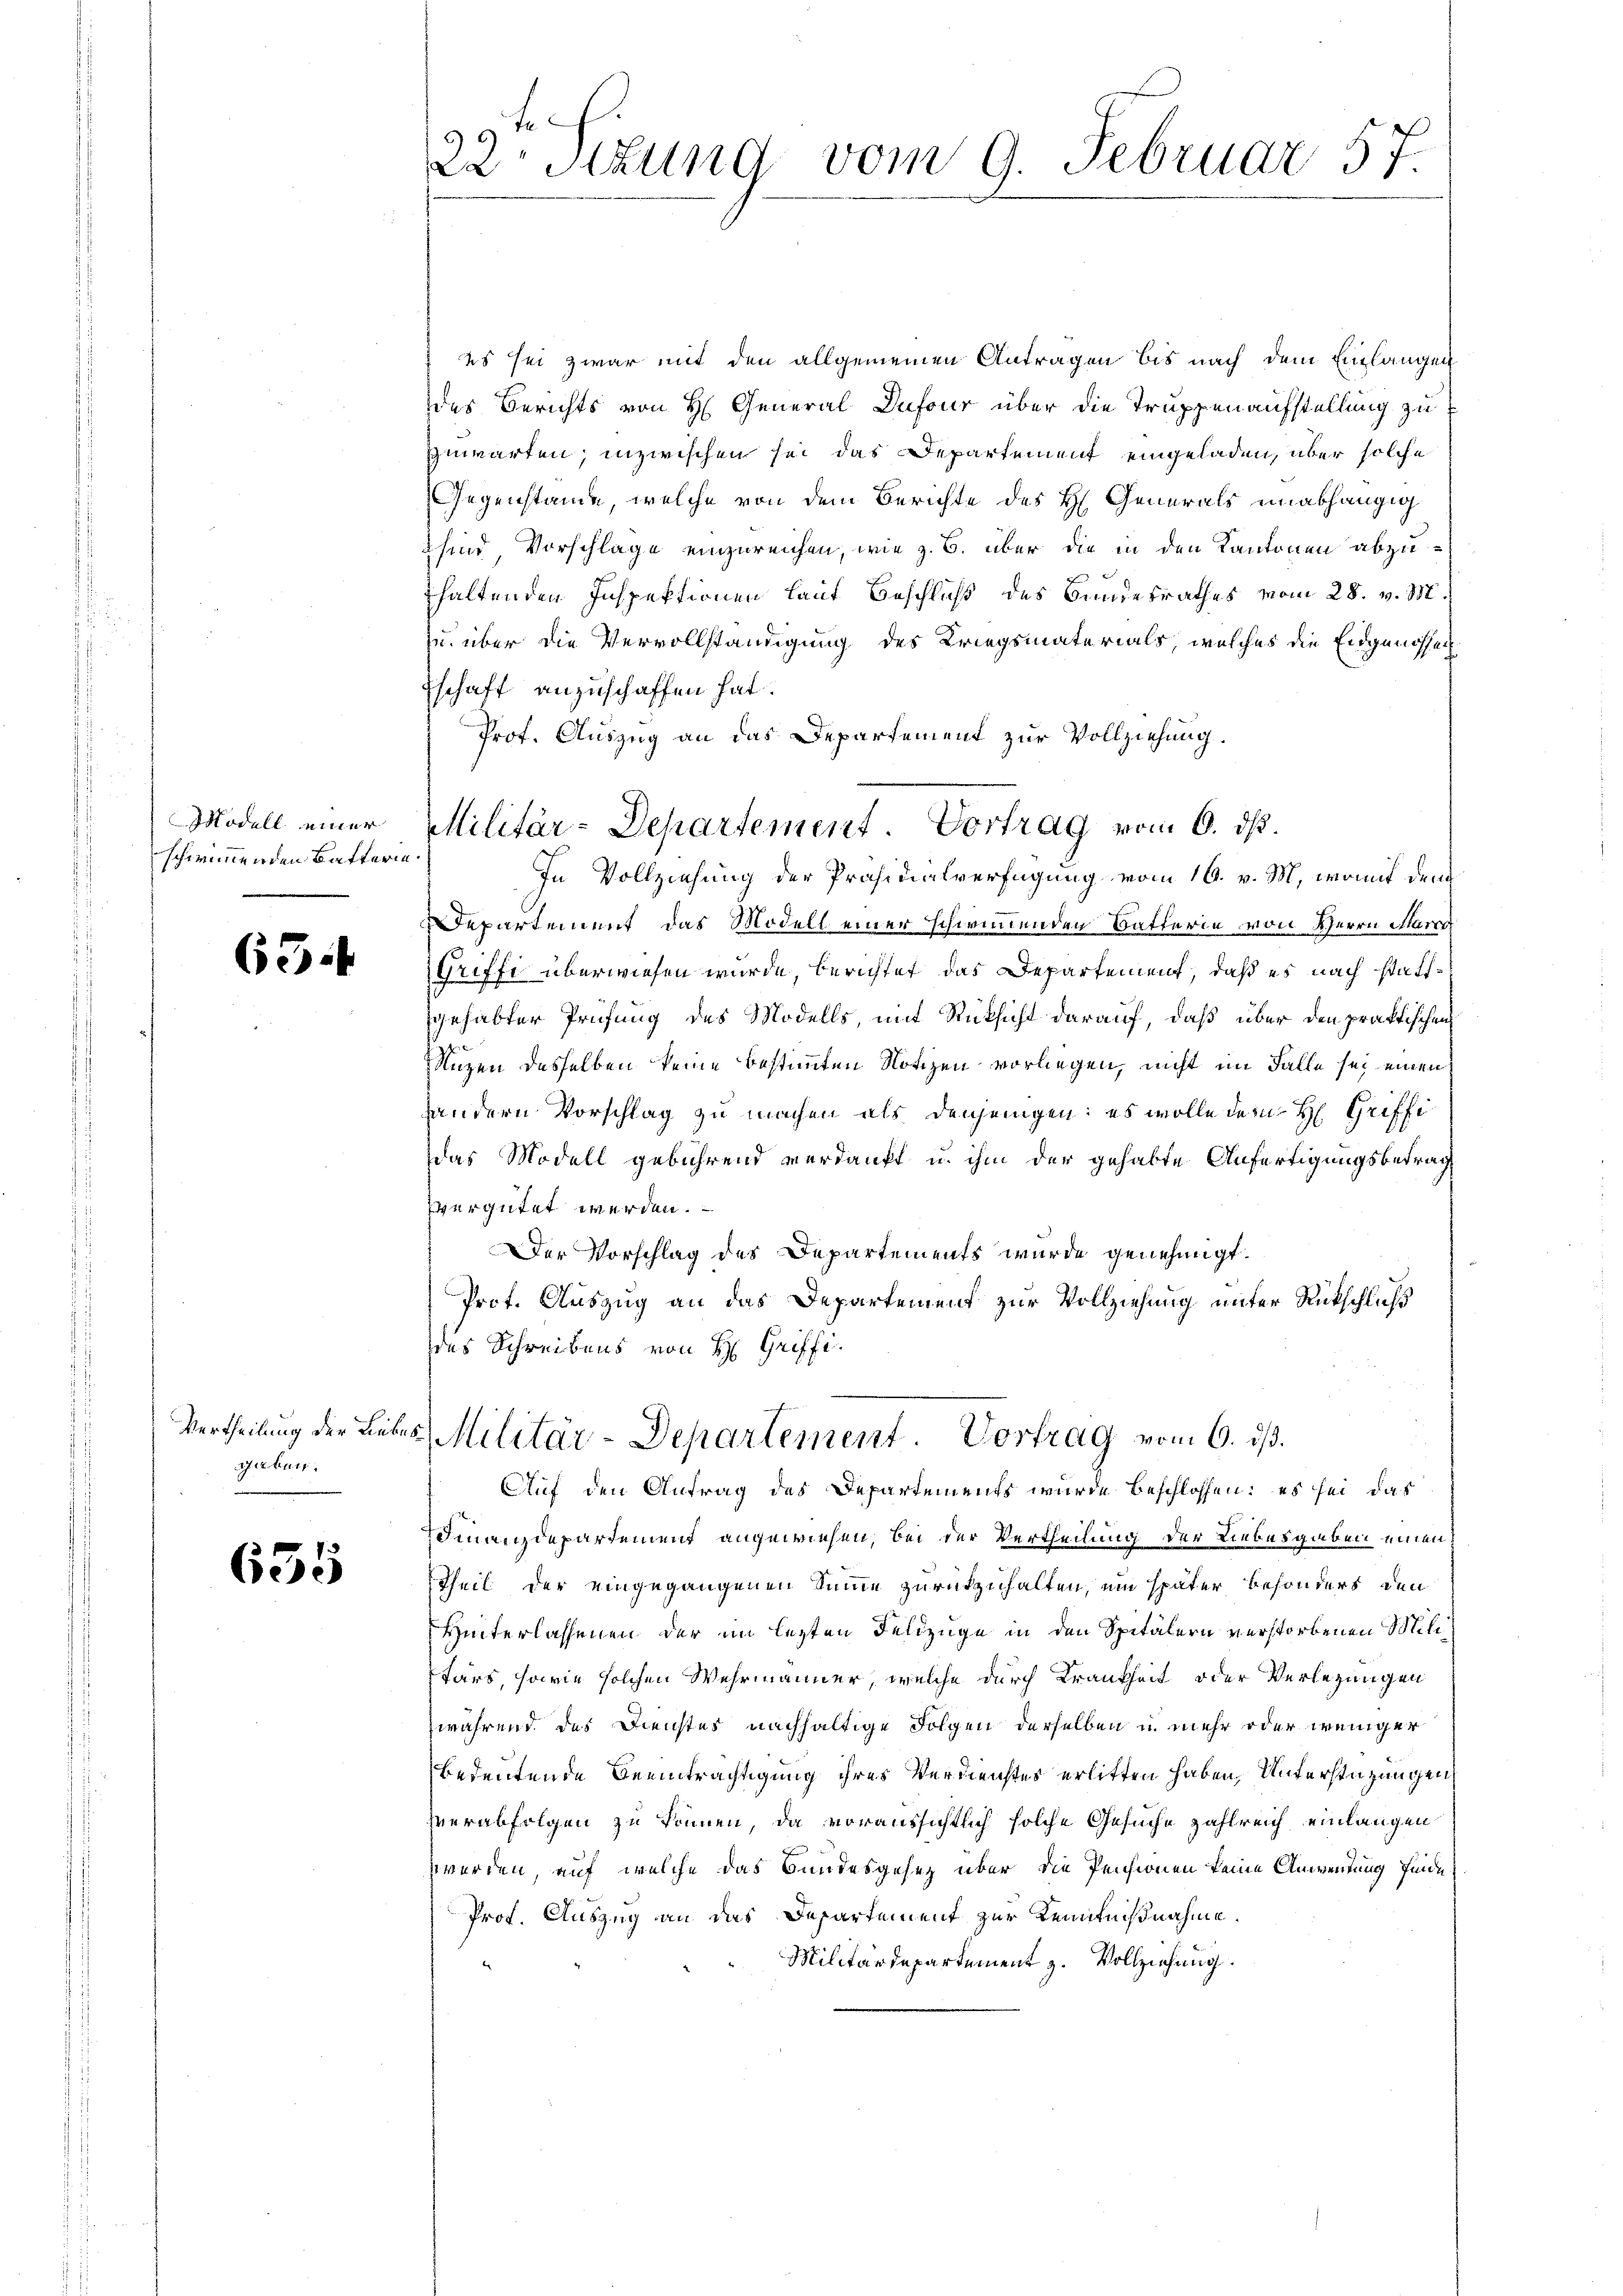
Modell einer
schwimmenden Battern

65.

Vertheilung der Liebe
gaben.

635

te
22 Stzung vom 9. Februar 57.

Militär-Departement. Vortrag vom 6. ds.
II

es sei zwar mit den allgemeinen Antragen bis nach dem Einlangen
des Berichts von H. General Dufour über die Truppenaufstellung zu
zuwarten; inzwischen sei das Departement eingeladen, über solche
Gegenstände, welche von dem Berichte des H. Generals unabhängig
sind Vorschlage einzureichen, wie z. B. über die in den Kantonen abzuhaltenden Inspektionen lauf Beschluß des Bundesrathes vom 28. v. M.
zu über die Vervollständigung des Kriegsmaterials, welches die Eidgenossenh
schaft anzuschaffen hat.
Prof. Auszug an das Departement zur Vollziehung.
In Vollziehung der Präsidialverfügung vom 16. v. M., womit dem
Departement das Modell einer schwimmenden Batterie von Herrn Marco
Griffe überwiesen wurde, berichtet das Departement, daß es nach stattgehabter Prüfung des Modells, mit Rücksicht darauf, daß über den praktischen
Nuzen desselben keine bestimmten Notizen vorliegen, nicht im Falle sei einen
andern Vorschlag zu machen als denjenigen: es wolle dem H. Griffi
das Modell gebührend verdankt u. ihm der gehabte Anfertigungsbetrag
vergütet werden.
Der Vorschlag des Departements wurde genehmigt.
Prot. Auszug an das Departement zur Vollziehung unter Rückschluß
des Schreibens von H. Griffis Militär-Departement. Vortrag vom 6. ds.
Auf den Antrag des Departements wurde beschlossen: es sei das
Finanzdepartement angewiesen, bei der Vertheilung der Liebesgaben einen
Theil der eingegangenen Summe zurückzuhalten, um später besonders den
Hinterlassenen der im lezten Feldzüge in den Spitälern verstorbenen Militärs, sowie solchen Wehrmänner, welche durch Krankheit oder Verlegungen
während des Dienster nachhaltige Folgen derselben in mehr oder weniger
bedeutende Beeinträchtigung ihres Verdienstes erlitten haben, Unterstützungen
verabfolgen zu können, da voraussichtlich solche Gesuche zahlreich einlangen
wwerden, auf welche das Bundesgesetz über die Pensionen keine Anwendung finde,
Prof. Auszug an das Departement zur Kenntnißnahme.
Militärdepartement z. Vollziehung.